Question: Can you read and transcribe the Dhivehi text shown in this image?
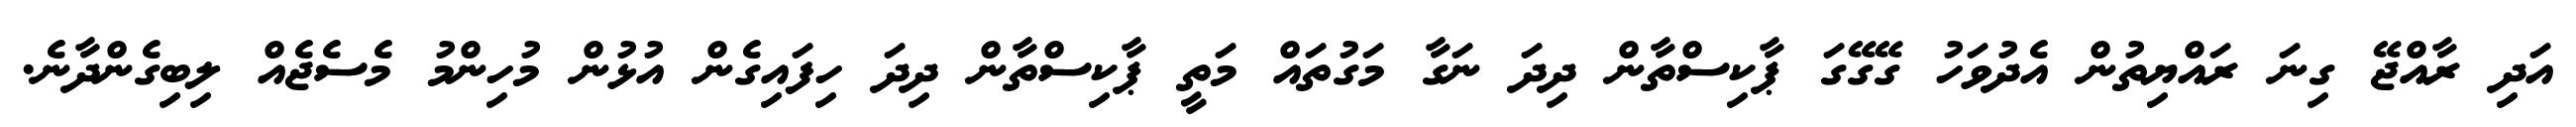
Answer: އަދި ރާއްޖޭ ގިނަ ރައްޔިތުން އެދުވަހު ގޭގޭގަ ޕާކިސްތާން ދިދަ ނަގާ މަގުތައް މަތީ ޕާކިސްތާން ދިދަ ހިފައިގެން އުޅުން މުހިންމު މެސެޖެއް ލިބިގެންދާނެ.